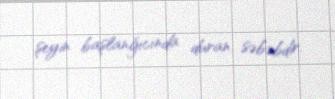
şeyin başlanğıcında duran səbəbdir.